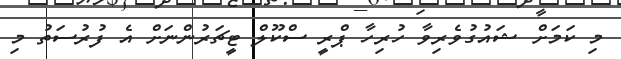
މި ކަމަށް ޝައުގުވެރިވާ ހުރިހާ ޕްރީ ސްކޫލް ޓީޗަރުންނަށް އެ ފުރުސަތު މި